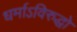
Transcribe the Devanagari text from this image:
धर्माऽविरुद्धो